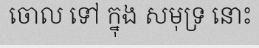
ចោល ទៅ ក្នុង សមុទ្រ នោះ